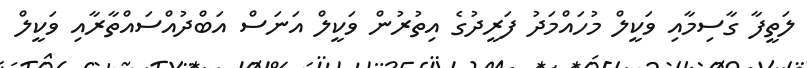
ލަތީފާ ގާސިމާއި ވަކީލް މުހައްމަދު ފަރީދުގެ އިތުރުން ވަކީލް އަނަސް އަބްދުއްސައްތާރާއި ވަކީލް